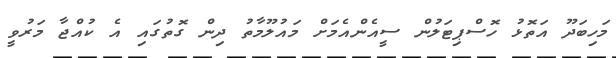
މަހިބަދޫ އަތޮޅު ހޮސްޕިޓަލުން ސީއެންއެމަށް މައުލޫމާތު ދިން ގޮތުގައި އެ ކުއްޖާ މަރުވީ